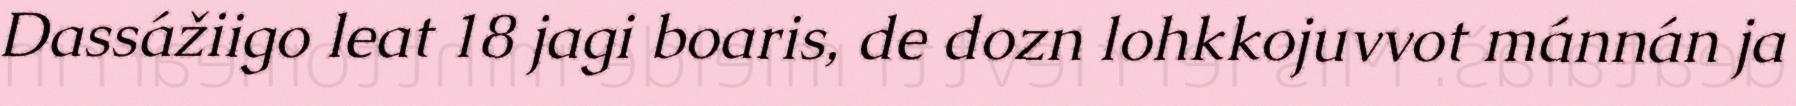
Dassážiigo leat 18 jagi boaris, de dozn lohkkojuvvot mánnán ja